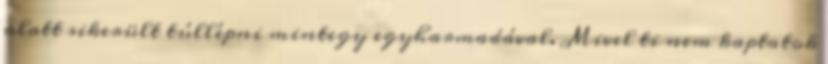
alatt sikerült túllépni mintegy egyharmadával. Mivel ti nem kaptatok